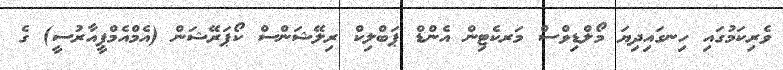
ވެރިކަމުގައި ހިނގައިދިޔަ މޯލްޑިވްސް މަރކެޓިން އެންޑް ޕަބްލިކް ރިލޭޝަންސް ކޯޕަރޭޝަން (އެމްއެމްޕީއާރުސީ) ގެ